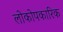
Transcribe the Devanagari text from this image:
लोकोपकारिक